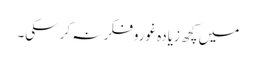
میں کچھ زیادہ غوروفکر نہ کرسکی۔